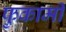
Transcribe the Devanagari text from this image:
फुकामी